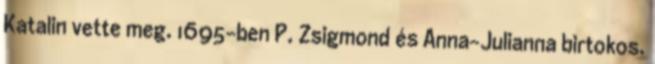
Katalin vette meg. 1695-ben P. Zsigmond és Anna-Julianna birtokos.